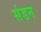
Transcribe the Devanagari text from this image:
संडन